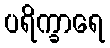
ပရိက္ခာရေ